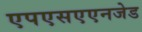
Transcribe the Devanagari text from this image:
एपएसएएनजेड